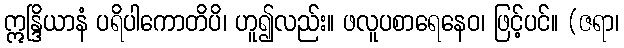
ဣန္ဒြိယာနံ ပရိပါကောတိပိ၊ ဟူ၍လည်း။ ဖလူပစာရေနေဝ၊ ဖြင့်ပင်။ (ဇရာ၊